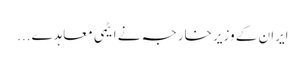
ایران کے وزیر خارجہ نے ایٹمی معاہدے...